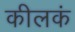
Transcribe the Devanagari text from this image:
कीलकं